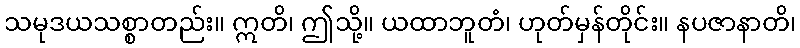
သမုဒယသစ္စာတည်း။ ဣတိ၊ ဤသို့။ ယထာဘူတံ၊ ဟုတ်မှန်တိုင်း။ နပဇာနာတိ၊